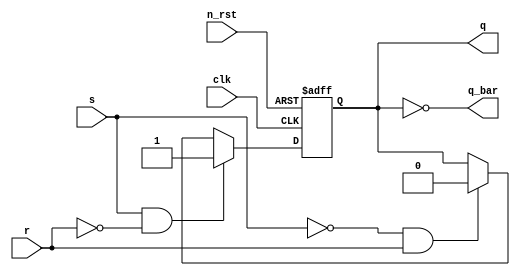
module sr(
    clk,
    n_rst,
    s,
    r,
    q,
    q_bar
);

input clk;
input n_rst;
input s;
input r;
output reg q;
output q_bar;

assign q_bar = ~q;

always @(posedge clk or negedge n_rst)
begin
    if(!n_rst)
        q <= 1'b0;
    else if (s == 1'b1 && r == 1'b0)
        q <= 1'b1;
    else if (s == 1'b0 && r == 1'b1)
        q <= 1'b0;
    else if (s == 1'b0 && r == 1'b0)
        q <= q;
end
    //else if (s == 1'b1 && r == 1'b1)
    //q <= 1'bx;

endmodule